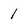
Character: 1